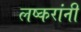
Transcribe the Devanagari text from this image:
लष्करांनी